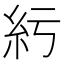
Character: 䊸